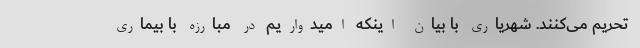
تحریم می‌کنند. شهریاری با بیان اینکه امیدواریم در مبارزه با بیماری